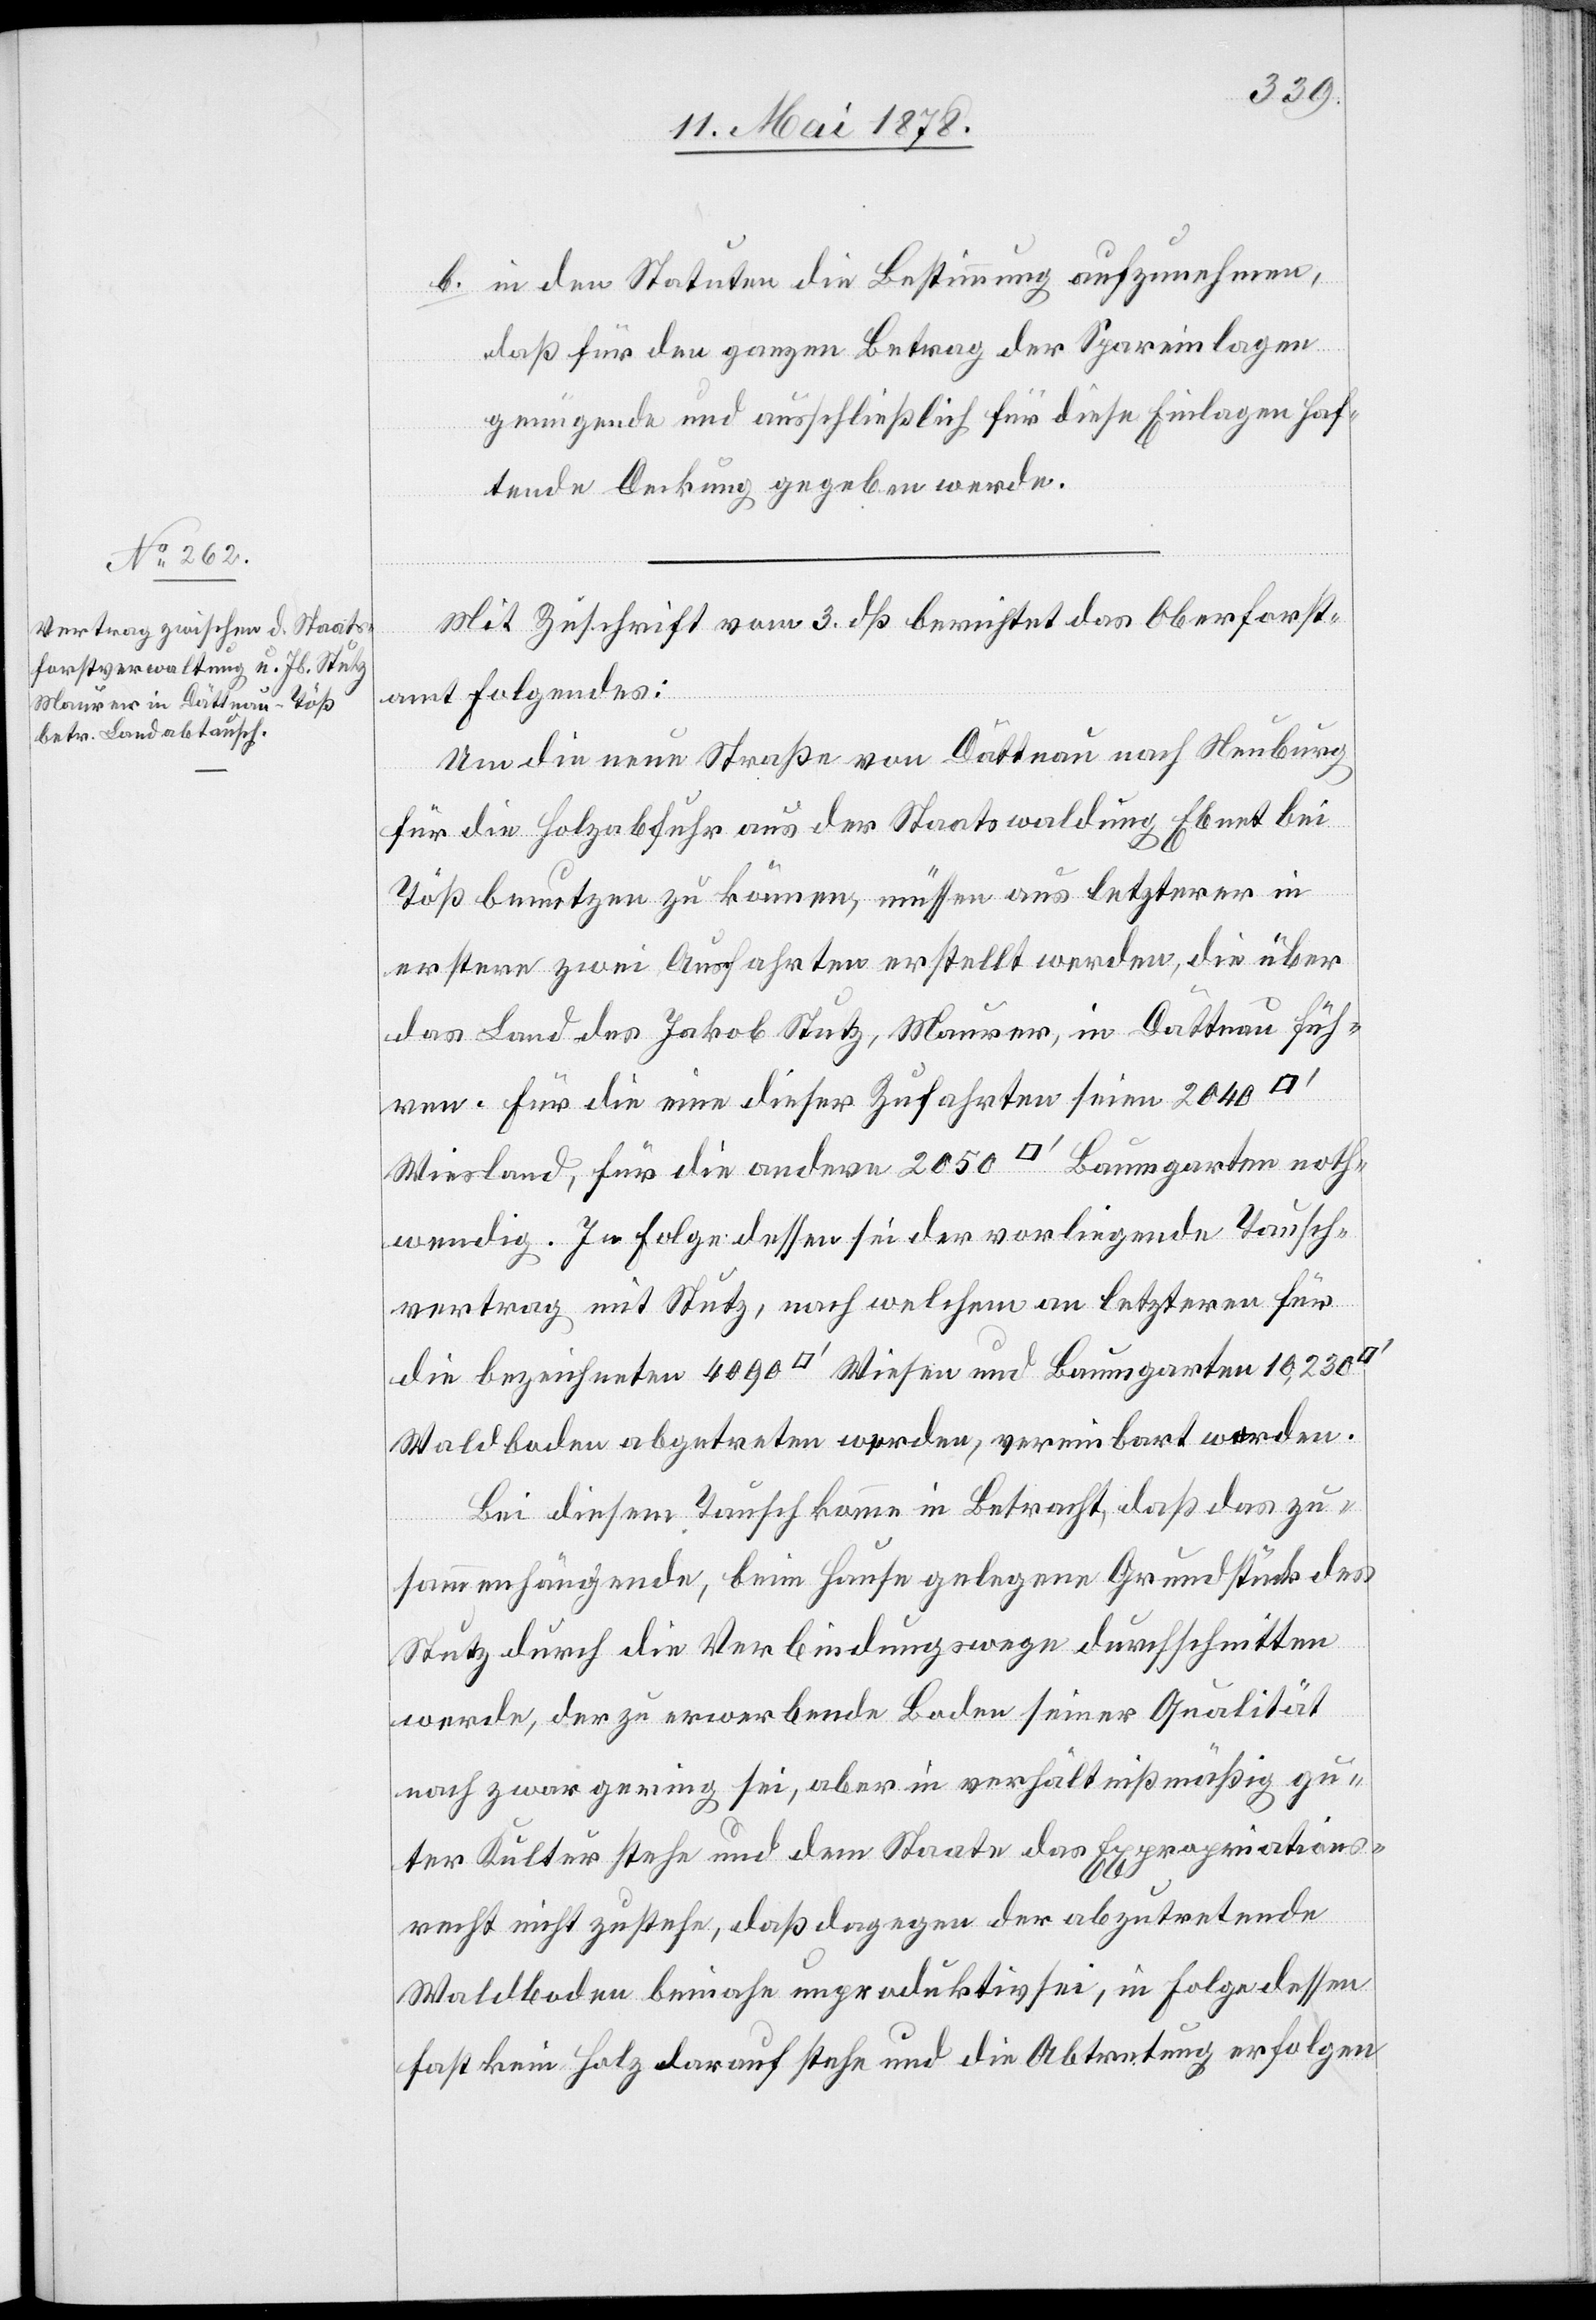
b. in den Statuten die Bestimmung aufzunehmen,
daß für den ganzen Betrag der Spareinlagen
genügende und ausschließlich für diese Einlagen haf¬
tende Deckung gegeben werde.
Mit Zuschrift vom 3. dß berichtet das Oberforst¬
amt folgendes:
Um die neue Straße von Dättnau nach Neuburg
für die Holzabfuhr aus der Staatswaldung Ebnet bei
Töß benutzen zu können, müssen aus letzterer in
erstere zwei Ausfahrten erstellt werden, die über
das Land des Jakob Stutz, Maurer, in Dättnau füh¬
ren. Für die eine dieser Zufahrten seien 2040
Wiesland, für die andere 2050 [Quadratfuss] Baumgarten noth¬
wendig. In Folge dessen sei der vorliegende Tausch¬
vertrag mit Stutz, nach welchem an letztern für
die bezeichneten 4090 [Quadratfuss] Wiesen und Baumgarten 10,230
Waldboden abgetreten werden, vereinbart worden.
Bei diesem Tausch komme in Betracht, daß das zu¬
sammenhängende, beim Hause gelegene Grundstück des
Stutz durch die Verbindungswege durchschnitten
werde, der zu erwerbende Boden seiner Qualität
nach zwar gering sei, aber in verhältnißmäßig gu¬
ter Kultur stehe und dem Staate das Expropriations¬
recht nicht zustehe, daß dagegen der abzutretende
Waldboden beinahe unproduktiv sei, in Folge dessen
fast kein Holz darauf stehe und die Abtretung erfolgen